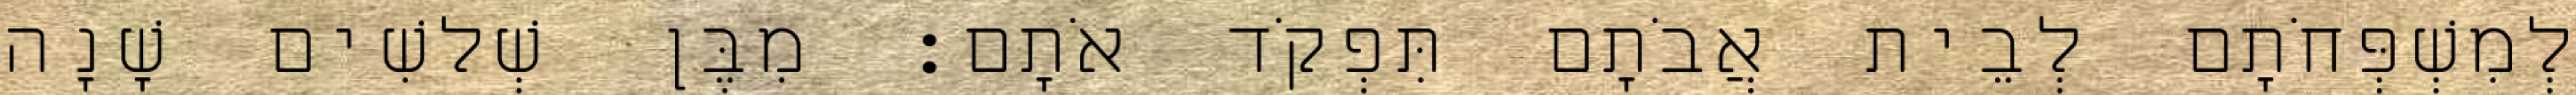
לְמִשְׁפְּחֹתָם לְבֵית אֲבֹתָם תִּפְקֹד אֹתָם׃ מִבֶּן שְׁלשִׁים שָׁנָה